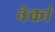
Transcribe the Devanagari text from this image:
नेकां